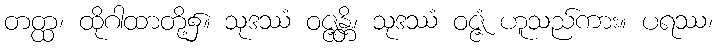
တတ္ထ၊ ထိုဂါထာတို့၌။ သုဒဿံ ဝဇ္ဇန္တိ၊ သုဒဿံ ဝဇ္ဇံ ဟူသည်ကား။ ပရဿ၊